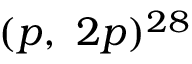
( p , ~ 2 p ) ^ { 2 8 }